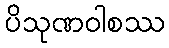
ပိသုဏဝါစဿ